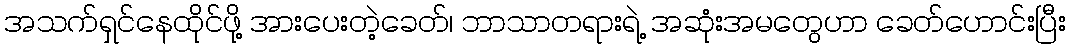
အသက်ရှင်နေထိုင်ဖို့ အားပေးတဲ့ခေတ်၊ ဘာသာတရားရဲ့ အဆုံးအမတွေဟာ ခေတ်ဟောင်းပြီး